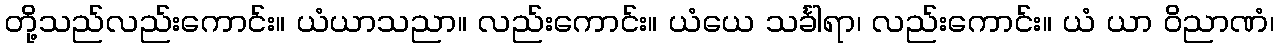
တို့သည်လည်းကောင်း။ ယံယာသညာ။ လည်းကောင်း။ ယံယေ သင်္ခါရာ၊ လည်းကောင်း။ ယံ ယာ ဝိညာဏံ၊